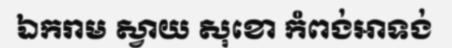
ឯករាម ស្វាយ សុខោ កំពង់អាទង់